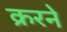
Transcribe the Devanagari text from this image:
क्ररने